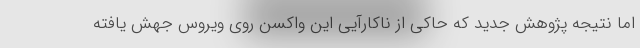
اما نتیجه پژوهش جدید که حاکی از ناکارآیی این واکسن روی ویروس جهش یافته